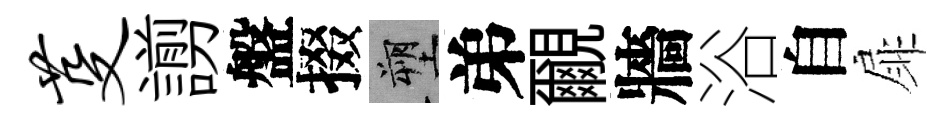
芟謭盤掇塑弟覼牆浴自扉